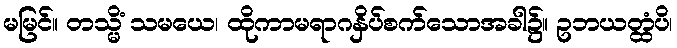
မမြင်။ တသ္မိံ သမယေ၊ ထိုကာမရာဂနှိပ်စက်သောအခါ၌။ ဥဘယတ္ထံပိ၊